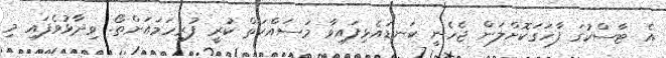
އެ ޓާސްކުގަ ފާހަގަކޮށްލަން ޖެހެނީ ކަނޑައެޅިފައިވާ މަސައްކަތް ކުރީ ފުރިހަމައަށްތޯ. ވިދާޅުވެފައި މި